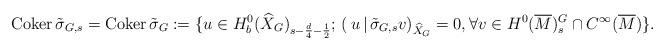
LaTeX: \begin{align*}{\rm Coker\,}\tilde\sigma_{G,s}={\rm Coker\,}\tilde\sigma_G:=\{u\in H^0_b(\widehat X_G)_{s-\frac{d}{4}-\frac{1}{2}};\, (\,u\,|\,\tilde\sigma_{G,s}v)_{\widehat X_G}=0, \forall v\in H^0(\overline M)^G_s\cap C^\infty(\overline M)\}.\end{align*}